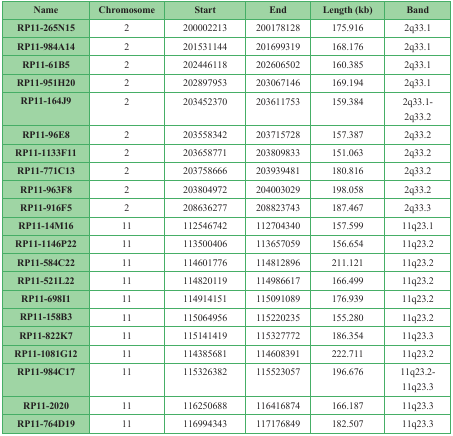
<table><thead><tr><td><b>Name</b></td><td><b>Chromosome</b></td><td><b>Start</b></td><td><b>End</b></td><td><b>Length (kb)</b></td><td><b>Band</b></td></tr></thead><tbody><tr><td>RP11-265N15</td><td>2</td><td>200002213</td><td>200178128</td><td>175.916</td><td>2q33.1</td></tr><tr><td>RP11-984A14</td><td>2</td><td>201531144</td><td>201699319</td><td>168.176</td><td>2q33.1</td></tr><tr><td>RP11-61B5</td><td>2</td><td>202446118</td><td>202606502</td><td>160.385</td><td>2q33.1</td></tr><tr><td>RP11-951H20</td><td>2</td><td>202897953</td><td>203067146</td><td>169.194</td><td>2q33.1</td></tr><tr><td>RP11-164J9</td><td>2</td><td>203452370</td><td>203611753</td><td>159.384</td><td>2q33.1-2q33.2</td></tr><tr><td>RP11-96E8</td><td>2</td><td>203558342</td><td>203715728</td><td>157.387</td><td>2q33.2</td></tr><tr><td>RP11-1133F11</td><td>2</td><td>203658771</td><td>203809833</td><td>151.063</td><td>2q33.2</td></tr><tr><td>RP11-771C13</td><td>2</td><td>203758666</td><td>203939481</td><td>180.816</td><td>2q33.2</td></tr><tr><td>RP11-963F8</td><td>2</td><td>203804972</td><td>204003029</td><td>198.058</td><td>2q33.2</td></tr><tr><td>RP11-916F5</td><td>2</td><td>208636277</td><td>208823743</td><td>187.467</td><td>2q33.3</td></tr><tr><td>RP11-14M16</td><td>11</td><td>112546742</td><td>112704340</td><td>157.599</td><td>11q23.1</td></tr><tr><td>RP11-1146P22</td><td>11</td><td>113500406</td><td>113657059</td><td>156.654</td><td>11q23.2</td></tr><tr><td>RP11-584C22</td><td>11</td><td>114601776</td><td>114812896</td><td>211.121</td><td>11q23.2</td></tr><tr><td>RP11-521L22</td><td>11</td><td>114820119</td><td>114986617</td><td>166.499</td><td>11q23.2</td></tr><tr><td>RP11-698I1</td><td>11</td><td>114914151</td><td>115091089</td><td>176.939</td><td>11q23.2</td></tr><tr><td>RP11-158B3</td><td>11</td><td>115064956</td><td>115220235</td><td>155.280</td><td>11q23.2</td></tr><tr><td>RP11-822K7</td><td>11</td><td>115141419</td><td>115327772</td><td>186.354</td><td>11q23.3</td></tr><tr><td>RP11-1081G12</td><td>11</td><td>114385681</td><td>114608391</td><td>222.711</td><td>11q23.2</td></tr><tr><td>RP11-984C17</td><td>11</td><td>115326382</td><td>115523057</td><td>196.676</td><td>11q23.2-11q23.3</td></tr><tr><td>RP11-2020</td><td>11</td><td>116250688</td><td>116416874</td><td>166.187</td><td>11q23.3</td></tr><tr><td>RP11-764D19</td><td>11</td><td>116994343</td><td>117176849</td><td>182.507</td><td>11q23.3</td></tr></tbody></table>